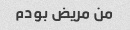
من مریض بودم